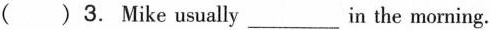
( )3. Mike usually___in the morning.